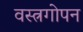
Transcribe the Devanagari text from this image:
वस्त्रगोपन